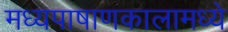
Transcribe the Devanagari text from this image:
मध्यपाषाणकालामध्ये